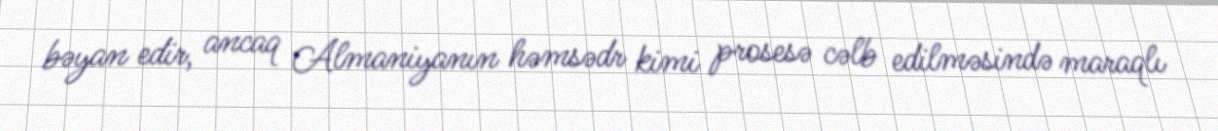
bəyan edir, ancaq Almaniyanın həmsədr kimi prosesə cəlb edilməsində maraqlı